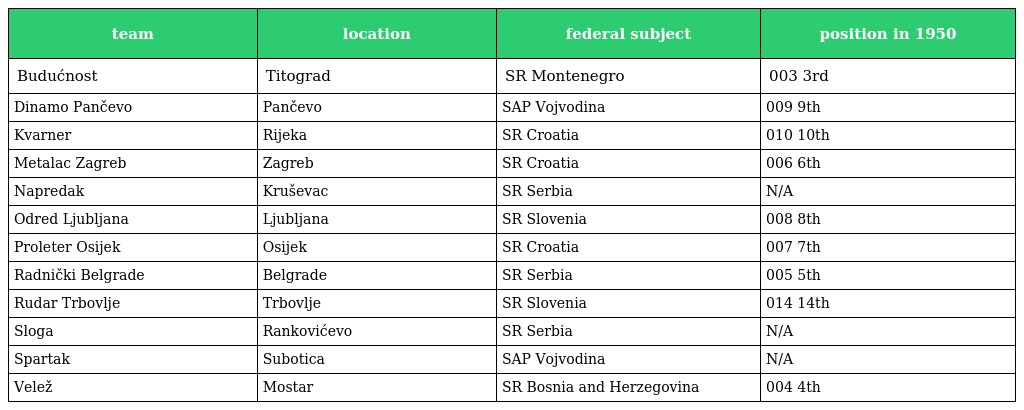
| team | location | federal subject | position in 1950 |
 | --- | --- | --- | --- |
 | Budućnost | Titograd | SR Montenegro | 003 3rd |
 | Dinamo Pančevo | Pančevo | SAP Vojvodina | 009 9th |
 | Kvarner | Rijeka | SR Croatia | 010 10th |
 | Metalac Zagreb | Zagreb | SR Croatia | 006 6th |
 | Napredak | Kruševac | SR Serbia | N/A |
 | Odred Ljubljana | Ljubljana | SR Slovenia | 008 8th |
 | Proleter Osijek | Osijek | SR Croatia | 007 7th |
 | Radnički Belgrade | Belgrade | SR Serbia | 005 5th |
 | Rudar Trbovlje | Trbovlje | SR Slovenia | 014 14th |
 | Sloga | Rankovićevo | SR Serbia | N/A |
 | Spartak | Subotica | SAP Vojvodina | N/A |
 | Velež | Mostar | SR Bosnia and Herzegovina | 004 4th |